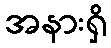
အနားရှိ